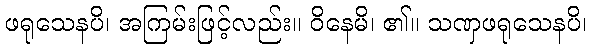
ဖရုသေနပိ၊ အကြမ်းဖြင့်လည်း။ ဝိနေမိ၊ ၏။ သဏှဖရုသေနပိ၊